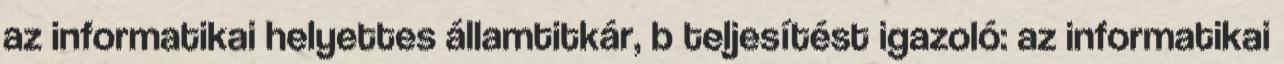
az informatikai helyettes államtitkár, b teljesítést igazoló: az informatikai